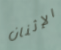
الإثنان